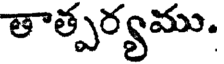
తాత్పర్యము.